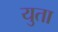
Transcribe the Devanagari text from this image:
युता